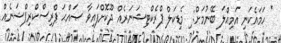
* ހަމައެކަނި އަމިއްލަ ބޭނުމަށް: ި މެޑިކަލް ޕްރެކްޓިޝަނަރެއް ދޫކޮށްފައިވާ ޞައްޙަ ޕްރިސްކްރިޕްޝަނެއް